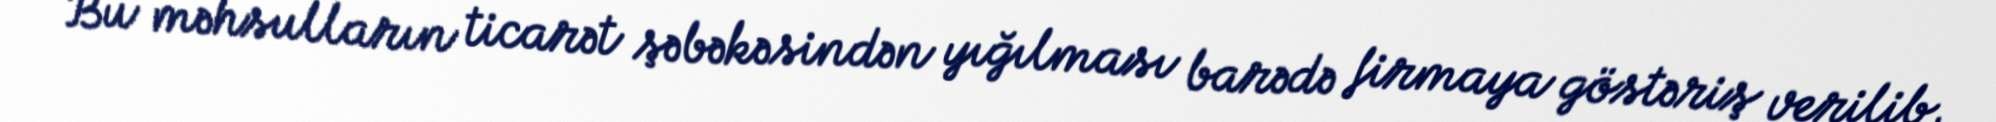
Bu məhsulların ticarət şəbəkəsindən yığılması barədə firmaya göstəriş verilib,